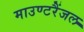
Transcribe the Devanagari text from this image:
माउण्टरैंजल